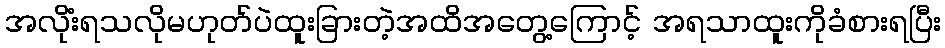
အလိုံးရသလိုမဟုတ်ပဲထူးခြားတဲ့အထိအတွေ့ကြောင့် အရသာထူးကိုခံစားရပြီး